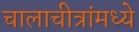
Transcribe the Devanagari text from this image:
चालाचीत्रांमध्ये